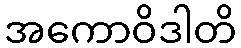
အကောဝိဒါတိ